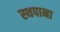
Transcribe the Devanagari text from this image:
स्थपाना